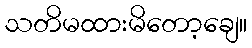
သတိမထားမိတော့ချေ။